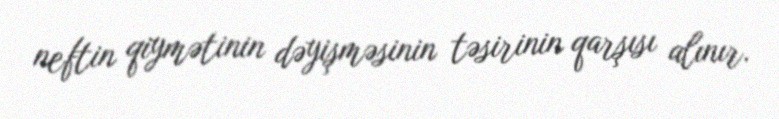
neftin qiymətinin dəyişməsinin təsirinin qarşısı alınır.